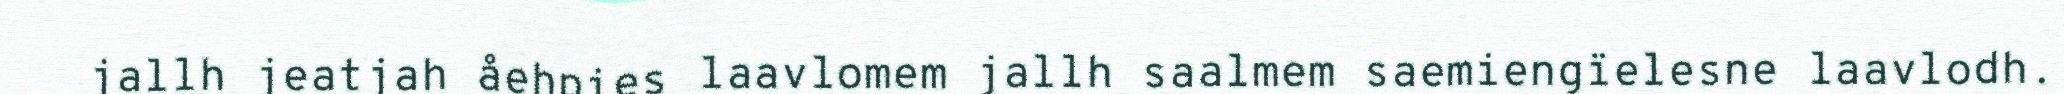
jallh jeatjah åehpies laavlomem jallh saalmem saemiengïelesne laavlodh.